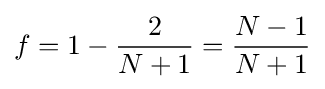
f=1-{2 \over N+1}={N-1 \over N+1}